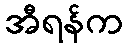
အီရန်က